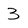
Character: 3